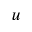
u